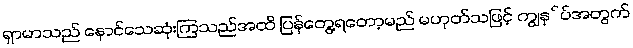
ရှာမာသည် နောင်သေဆုံးကြသည်အထိ ပြန်တွေ့ရတော့မည် မဟုတ်သဖြင့် ကျွနု်ပ်အတွက်